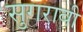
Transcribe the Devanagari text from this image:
सुगराबी